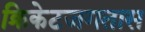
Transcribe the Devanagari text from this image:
क्रिकेटजगतास